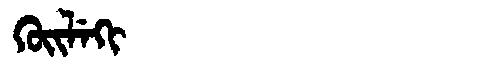
Manchu: ᡴᡠᡳᠯᡝᡴᡳ
Romanization: KUILEKI